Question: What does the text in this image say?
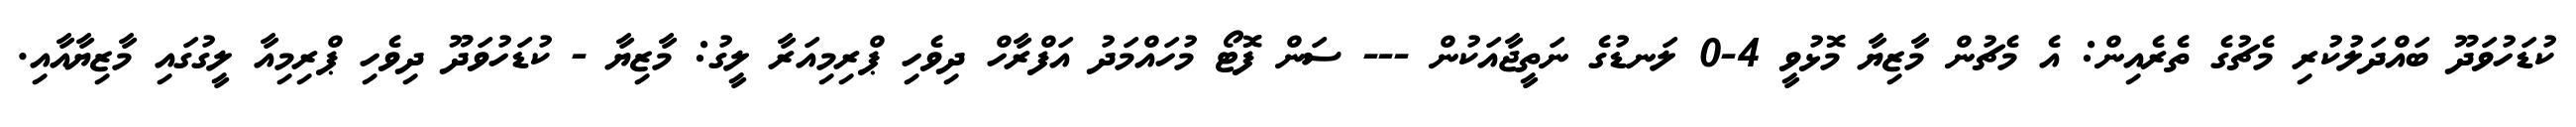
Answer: ކުޑަހުވަދޫ ބައްދަލުކުރި މެޗުގެ ތެރެއިން: އެ މެޗުން މާޒިޔާ މޮޅުވީ 4-0 ލަނޑުގެ ނަތީޖާއަކުން --- ސަން ފޮޓޯ މުހައްމަދު އަފްރާހް ދިވެހި ޕްރިމިއަރާ ލީގު: މާޒިޔާ - ކުޑަހުވަދޫ ދިވެހި ޕްރިމިއާ ލީގުގައި މާޒިޔާއާއި.